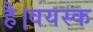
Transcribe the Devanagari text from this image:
है।वयस्क